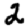
Digit: 2